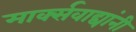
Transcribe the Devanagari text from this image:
मार्क्‍सवाद्यांनी